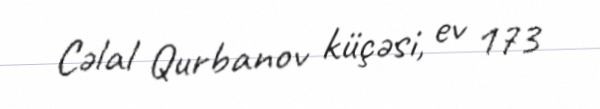
Cəlal Qurbanov küçəsi, ev 173